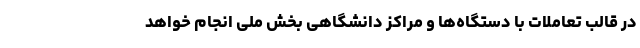
در قالب تعاملات با دستگاه‌ها و مراکز دانشگاهی بخش ملی انجام خواهد